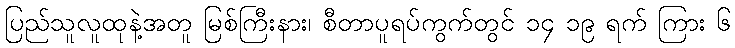
ပြည်သူလူထုနဲ့အတူ မြစ်ကြီးနား၊ စီတာပူရပ်ကွက်တွင် ၁၄ ၁၉ ရက် ကြား ၆